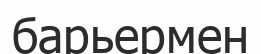
барьермен